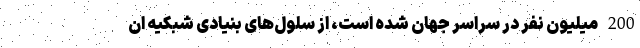
200 میلیون نفر در سراسر جهان شده است، از سلول‌های بنیادی شبکیه ان